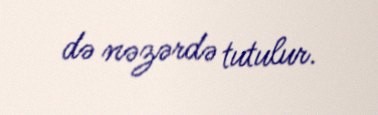
də nəzərdə tutulur.